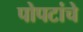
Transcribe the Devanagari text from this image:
पोपटांचे